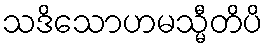
သဒိသောဟမသ္မီတိပိ